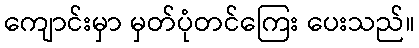
ကျောင်းမှာ မှတ်ပုံတင်ကြေး ပေးသည်။